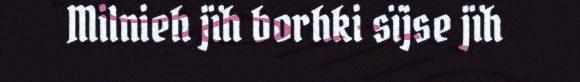
Milnieh jïh borhki sïjse jïh